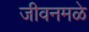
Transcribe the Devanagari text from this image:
जीवनमळे